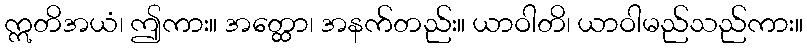
ဣတိအယံ၊ ဤကား။ အတ္ထော၊ အနက်တည်း။ ယာဝါတိ၊ ယာဝါမည်သည်ကား။